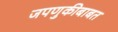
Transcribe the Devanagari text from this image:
जपणुकीबाबत